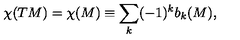
\chi ( T M ) = \chi ( M ) \equiv \sum _ { k } ( - 1 ) ^ { k } b _ { k } ( M ) ,